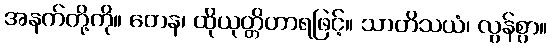
အနက်တို့ကို။ တေန၊ ထိုယုတ္တိဟာရဖြင့်။ သာတိသယံ၊ လွန်စွာ။